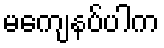
မကျေနပ်ပါက